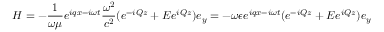
H = - \frac { 1 } { \omega \mu } e ^ { i q x - i \omega t } \frac { \omega ^ { 2 } } { c ^ { 2 } } ( e ^ { - i Q z } + E e ^ { i Q z } ) e _ { y } = - \omega \epsilon e ^ { i q x - i \omega t } ( e ^ { - i Q z } + E e ^ { i Q z } ) e _ { y }